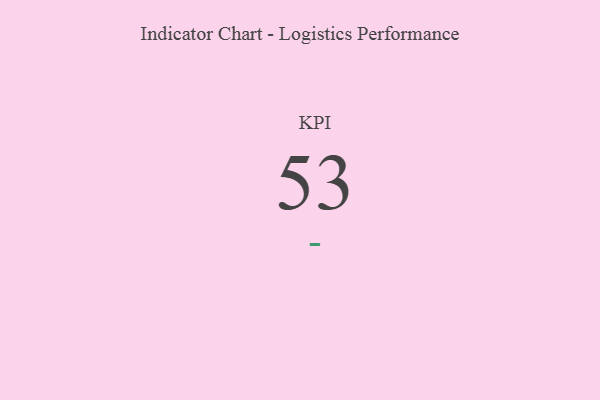
{"axis": {"x": "KPI", "y": "Value"}, "legend": [""], "data": [{"x": "KPI", "y": 53, "type": ""}]}